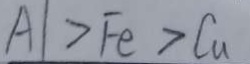
A 1 > F e > C u